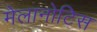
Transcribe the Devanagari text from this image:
मेलानोटिस